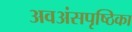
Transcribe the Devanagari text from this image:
अवअंसपृष्ठिका